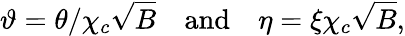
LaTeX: \vartheta=\theta/\chi_{c}\sqrt{B}~~~~\mathrm{and}~~~~\eta=\xi\chi_{c}\sqrt{B},